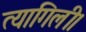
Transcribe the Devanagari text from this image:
त्यागिली।